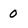
Character: 0